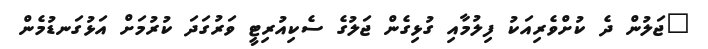
"ޖަލުން ދެ ކުށްވެރިއަކު ފިލުމާއި ގުޅިގެން ޖަލުގެ ސެކިއުރިޓީ ވަރުގަދަ ކުރުމަށް އަޅުގަނޑުމެން